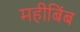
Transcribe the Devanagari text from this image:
महीबिंब